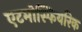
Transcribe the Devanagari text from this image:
एटमोस्फियरिक